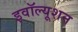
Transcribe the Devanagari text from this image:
इवॉल्यूशन